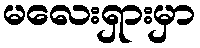
မလေးရှားမှာ